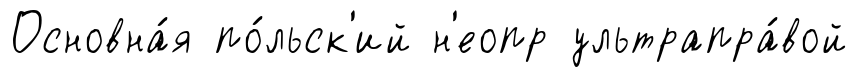
Основна́я по́льск'ий н'еопр ультрапра́вой